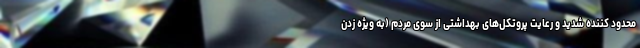
محدود کننده شدید و رعایت پروتکل‌های بهداشتی از سوی مردم (به ویژه زدن